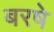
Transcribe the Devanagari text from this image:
बरषे